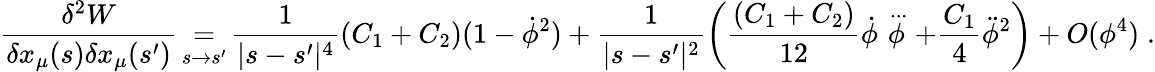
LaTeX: \frac{\delta^{2}W}{\delta x_{\mu}(s)\delta x_{\mu}(s^{\prime})}\mathop{=}_{s\to s^{\prime}}\frac{1}{|s-s^{\prime}|^{4}}(C_{1}+C_{2})(1-\dot{\phi}^{2})+\frac{1}{|s-s^{\prime}|^{2}}\left(\frac{(C_{1}+C_{2})}{12}\dot{\phi}\stackrel{{\, ...}}{\phi}+\frac{C_{1}}{4}\ddot{\phi}^{2}\right)+O(\phi^{4})\; .